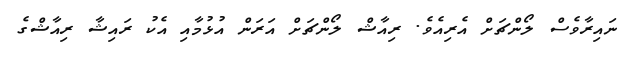
ނައިރާވެސް ލޯންޗަށް އެރިއެވެ. ރިއާޝް ލޯންޗަށް އަރަން އުޅުމާއި އެކު ރައިޝާ ރިއާޝްގެ